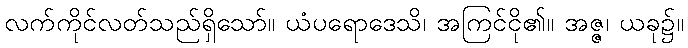
လက်ကိုင်လတ်သည်ရှိသော်။ ယံပရောဒေသိ၊ အကြင်ငို၏။ အဇ္ဇ၊ ယခု၌။